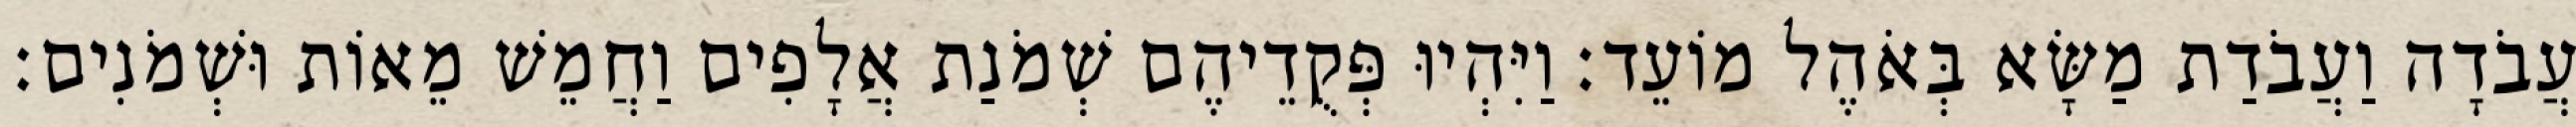
עֲבֹדָה וַעֲבֹדַת מַשָּׂא בְּאֹהֶל מוֹעֵד׃ וַיִּהְיוּ פְּקֻדֵיהֶם שְׁמֹנַת אֲלָפִים וַחֲמֵשׁ מֵאוֹת וּשְׁמֹנִים׃